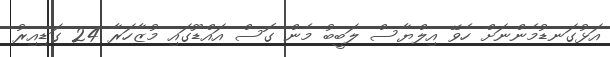
އަޅުގަނޑުމެންނަށް ހެވޭ އިލްޔާސް ލަބީބު މެން ގޮސް އައްޑޫގައި މުޒާހަރާ 24 ގަޑިއިރު